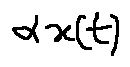
\alpha x ( t )